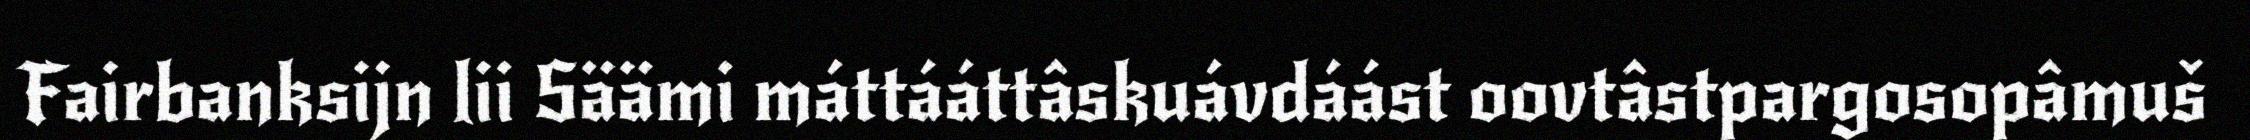
Fairbanksijn lii Säämi máttááttâskuávdáást oovtâstpargosopâmuš